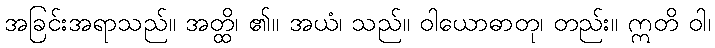
အခြင်းအရာသည်။ အတ္ထိ၊ ၏။ အယံ၊ သည်။ ဝါယောဓာတု၊ တည်း။ ဣတိ ဝါ၊